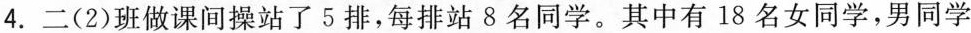
4.二(2)班做课间操站了5排，每排站8名同学。其中有18名女同学，男同学